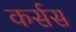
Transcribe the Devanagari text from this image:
कर्सस